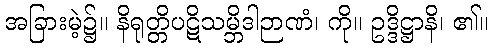
အခြားမဲ့၌။ နိရုတ္တိပဋိသမ္ဘိဒါဉာဏံ၊ ကို။ ဥဒ္ဒိဋ္ဌာနိ၊ ၏။